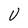
Character: U